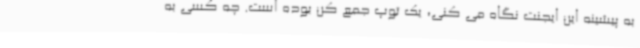
به پیشینه این ایجنت نگاه می کنی، یک توپ جمع کن بوده است. چه کسی به